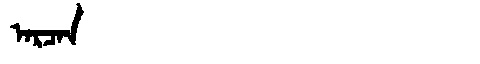
Manchu: ᠠᡵᠴᠠᠨ
Romanization: ARCAN